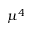
\mu ^ { 4 }